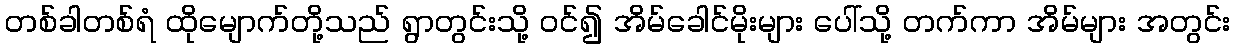
တစ်ခါတစ်ရံ ထိုမျောက်တို့သည် ရွာတွင်းသို့ ဝင်၍ အိမ်ခေါင်မိုးများ ပေါ်သို့ တက်ကာ အိမ်များ အတွင်း